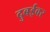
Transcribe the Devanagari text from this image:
दुबईवर